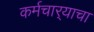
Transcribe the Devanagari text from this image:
कर्मचार्‍याचा